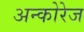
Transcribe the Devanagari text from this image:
अन्कोरेज